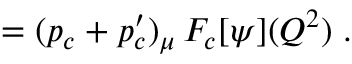
= ( p _ { c } + p _ { c } ^ { \prime } ) _ { \mu } \, F _ { c } [ \psi ] ( Q ^ { 2 } ) \; .